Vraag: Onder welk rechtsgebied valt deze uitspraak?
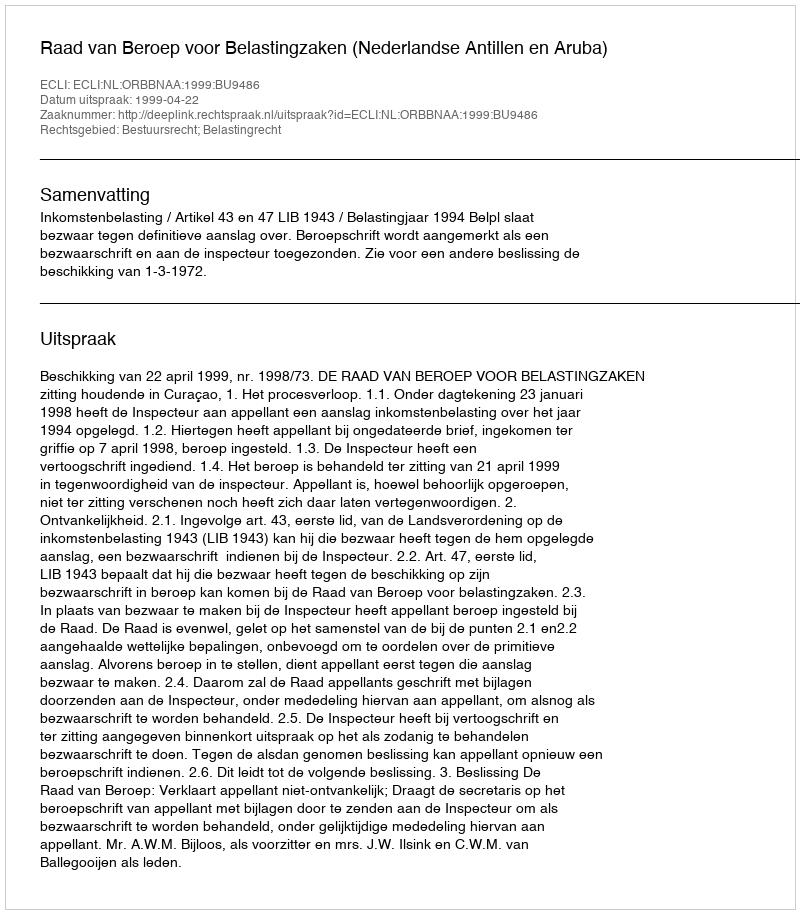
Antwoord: Bestuursrecht; Belastingrecht